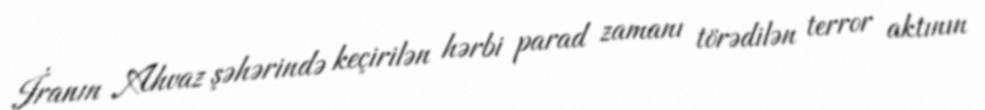
İranın Ahvaz şəhərində keçirilən hərbi parad zamanı törədilən terror aktının